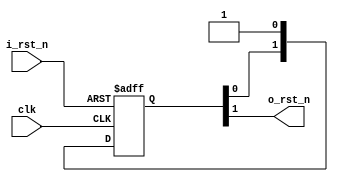
////////////////////////////////////////////////////////////////////////////////
//
// FPGAVN.COM
//
// Description  : This macro is used to synchronize the asynchronous reset input.
//
// History (Date, Changed By)
//
////////////////////////////////////////////////////////////////////////////////

module rst_sync
    (
     clk,       // destination clock
     i_rst_n,   // asynchronous reset input
     o_rst_n    // synchronous reset input
     );

////////////////////////////////////////////////////////////////////////////////
// Parameter declarations
// delay between the de-assertion of the asynchronous and synchronous resets
parameter G_DELAY_CYCLES = 2;   // delay must be >=2 to prevent metastable output

////////////////////////////////////////////////////////////////////////////////
// Port declarations
input     clk;
input     i_rst_n;
output    o_rst_n;

////////////////////////////////////////////////////////////////////////////////
// Local logic and instantiation
reg [G_DELAY_CYCLES-1:0] reset;

always @(posedge clk or negedge i_rst_n)
    begin
    if (!i_rst_n)   reset <= {G_DELAY_CYCLES{1'b0}};
    else            reset <= {reset[G_DELAY_CYCLES-2:0], 1'b1};
    end

assign o_rst_n = reset[G_DELAY_CYCLES-1];

endmodule